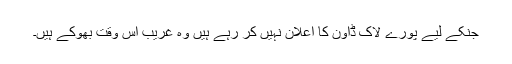
جنکے لیے پورے لاک ڈاؤن کا اعلان نہیں کر رہے ہیں وہ غریب اس وقت بھوکے ہیں۔